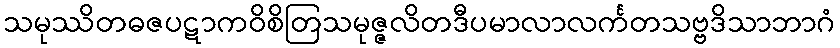
သမုဿိတဓဇပဋာကဝိစိတြသမုဇ္ဇလိတဒီပမာလာလင်္ကတသဗ္ဗဒိသာဘာဂံ